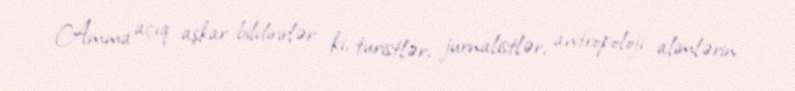
Amma açıq aşkar bildirirlər ki, turistlər, jurnalistlər, antropoloji alimlərin